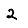
Digit: 2